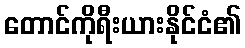
တောင်ကိုရီးယားနိုင်ငံ၏